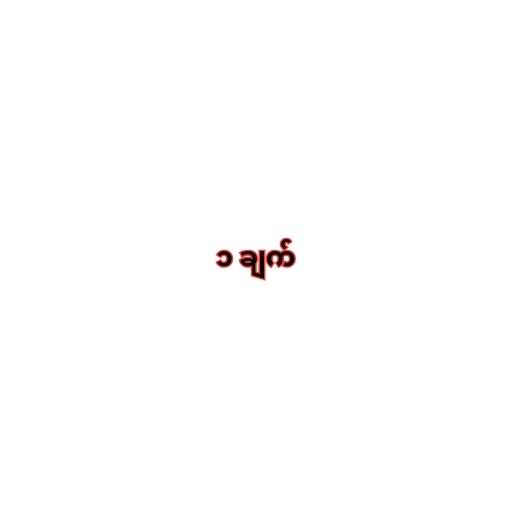
၁ ချက်